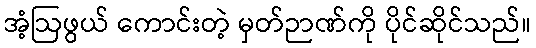
အံ့ဩဖွယ် ကောင်းတဲ့ မှတ်ဉာဏ်ကို ပိုင်ဆိုင်သည်။